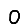
Digit: 0